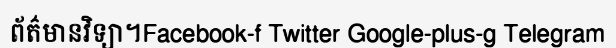
ព័ត៌មានវិទ្យា។Facebook-f Twitter Google-plus-g Telegram